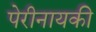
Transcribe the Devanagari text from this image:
पेरीनायकी